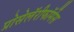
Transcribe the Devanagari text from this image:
प्रोसेलॅरीफॉर्मेस